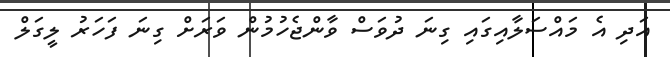
އަދި އެ މައްސަލާއިގައި ގިނަ ދުވަސް ވާންޖެހުމުން ވަރަށް ގިނަ ފަހަރު ލީގަލް